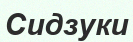
Сидзуки